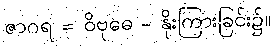
ဇာဂရ = ဝိဗုဓေ - နိုးကြားခြင်း၌။